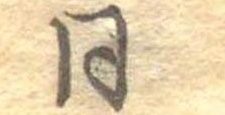
同